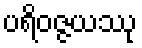
ပရိဝဇ္ဇယဿု